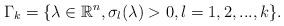
LaTeX: \begin{align*}\Gamma_k=\{\lambda \in \mathbb{R}^n, \sigma_l(\lambda)>0,l=1,2,...,k\}.\end{align*}